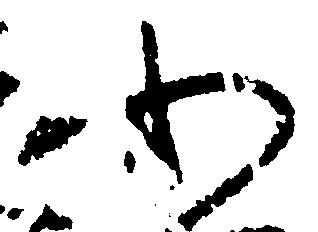
わ